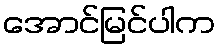
အောင်မြင်ပါက